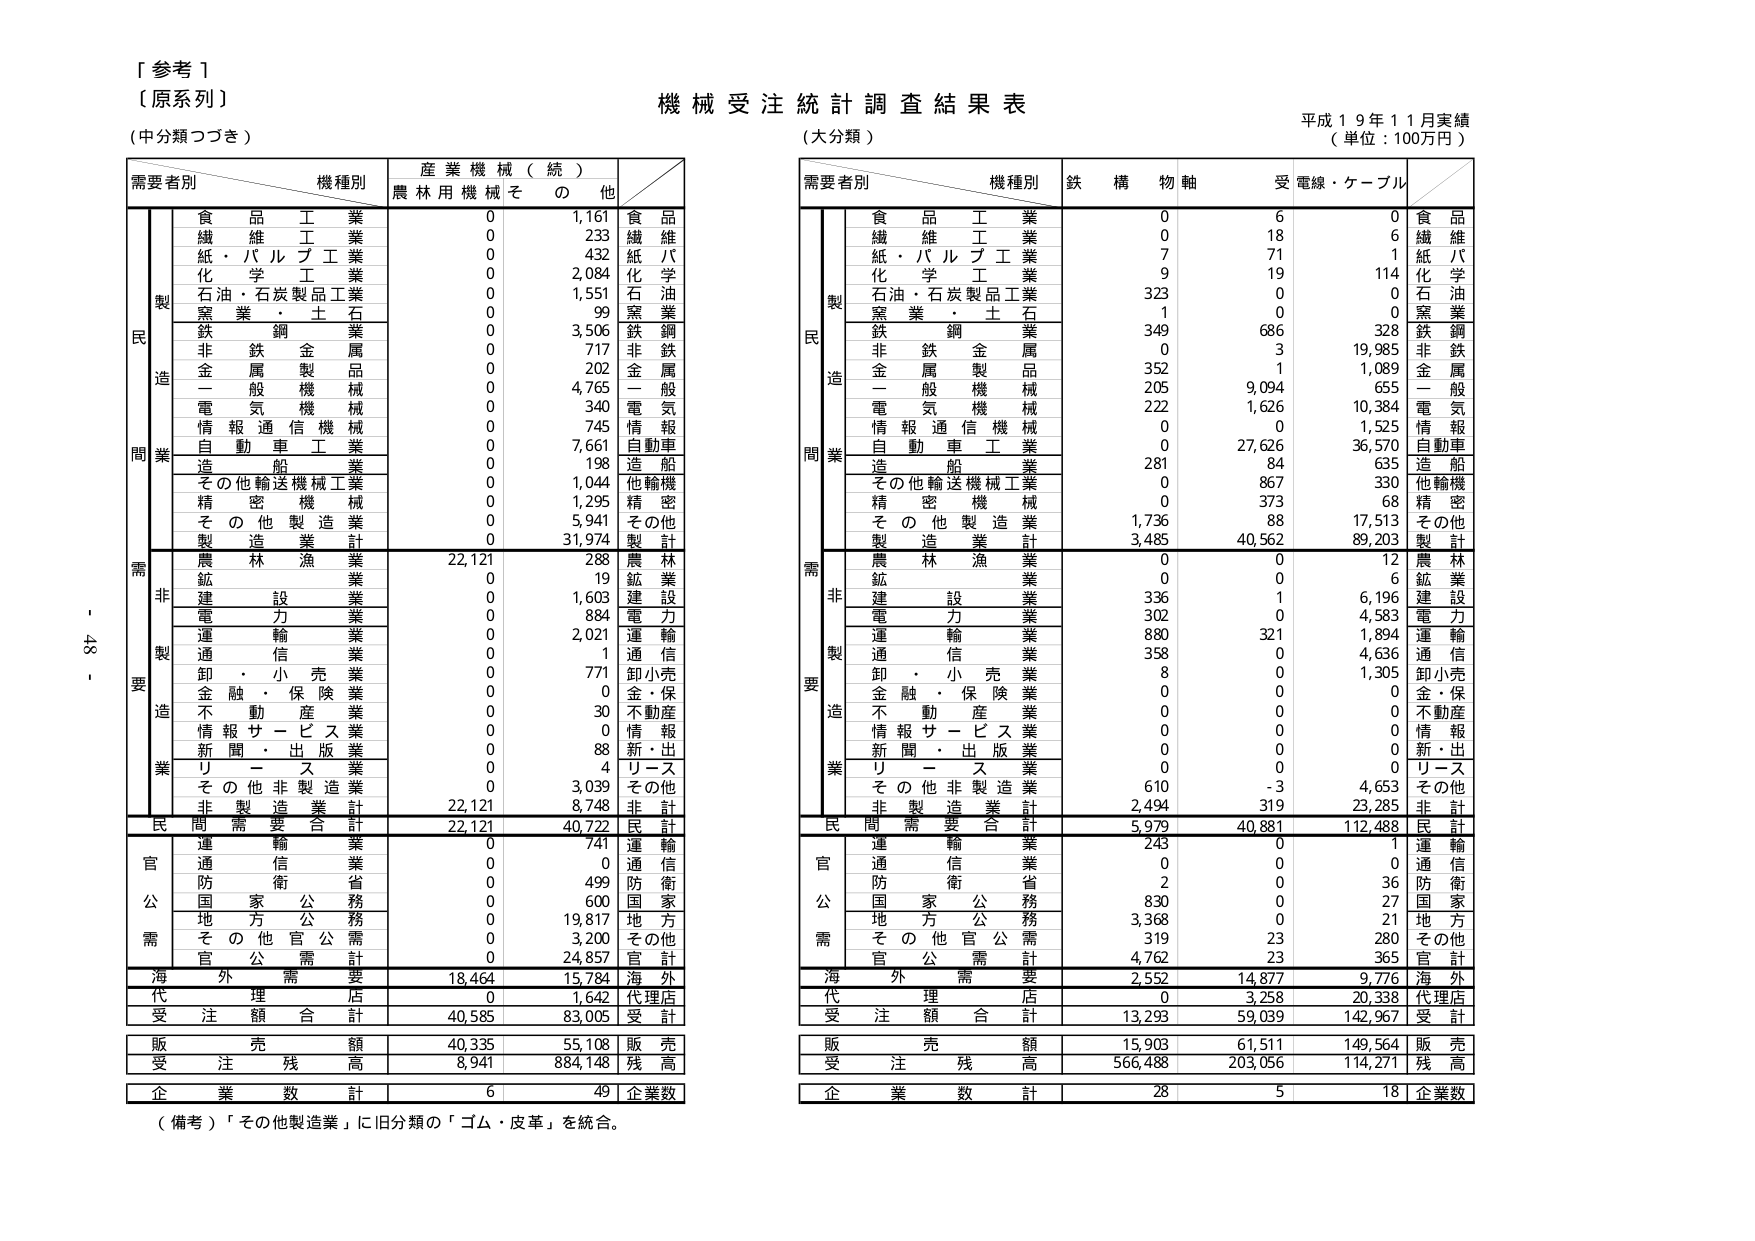
[ 参考 1 ]
（原系列）
（中分類つづき）

機械受注統計調査結果表
（大分類）
平成１９年１１月実績
（単位：100万円）

需要者別　機種別　産業機械（続）
　　　　　農林用機械　その他

　　　　　　食品工業　　　　0　　　1,161　　食品
　　　　　　繊維工業　　　　0　　　　233　　繊維
　　　　　　紙・パルプ工業　　0　　　　432　　紙・パル
　　　　　　化学工業　　　　0　　　2,084　　化学
　　　　　　石油・石炭製品工業　0　　　1,551　　石油
　　　　　　窯業・土石　　　　0　　　　99　　窯業
　　　　　　鉄鋼業　　　　　　0　　　3,506　　鉄鋼
　　　　　　非鉄金属　　　　0　　　　717　　非鉄
　　　　　　金属製品　　　　0　　　　202　　金属
　　　　　　一般機械　　　　0　　　4,765　　一般
　　　　　　電気機械　　　　0　　　　340　　電気
　　　　　　情報通信機械　　0　　　　745　　情報
　　　　　　自動車工業　　　0　　　7,661　　自動車
　　　　　　造船業　　　　　0　　　　198　　造船
　　　　　　その他輸送機械工業　0　　　1,044　　他輸機
　　　　　　精密機械　　　　0　　　1,295　　精密
　　　　　　その他製造業　　0　　　5,941　　その他
　　　　　　製造業計　　　　0　　　31,974　　製計

　　　　　　農林漁業　　　22,121　　288　　農林
　　　　　　鉱業　　　　　　0　　　　19　　鉱業
　　　　　　建設業　　　　　0　　　1,603　　建設
　　　　　　電力業　　　　　0　　　　884　　電力
　　　　　　運輸業　　　　　0　　　2,021　　運輸
　　　　　　通信業　　　　　0　　　　1　　通信
　　　　　　卸・小売業　　　0　　　　771　　卸小売
　　　　　　金融・保険業　　0　　　　0　　金・保
　　　　　　不動産業　　　　0　　　　30　　不動産
　　　　　　情報サービス業　0　　　　0　　情報
　　　　　　新聞・出版業　　0　　　　88　　新・出
　　　　　　リース業　　　　0　　　　4　　リース
　　　　　　その他非製造業　0　　　3,039　　その他
　　　　　　非製造業計　　22,121　　8,748　　非計

　　　　　　民間需要合計　22,121　　40,722　　民計

　　　　　　運輸業　　　　　0　　　　741　　運輸
　　　　　　通信業　　　　　0　　　　0　　通信
　　　　　　防衛省　　　　　0　　　　499　　防衛
　　　　　　国家公務　　　　0　　　　600　　国家
　　　　　　地方公務　　　　0　　　19,817　　地方
　　　　　　その他官公需　　0　　　3,200　　その他
　　　　　　官公需計　　　　0　　　24,857　　官計

　　　　　　海外需要　　　18,464　　15,784　　海外

　　　　　　代理店　　　　　0　　　1,642　　代理店

　　　　　　受注額合計　　40,585　　83,005　　受計

　　　　　　販売額　　　　40,335　　55,108　　販売
　　　　　　受注残高　　　　8,941　　884,148　　残高

　　　　　　企業数計　　　　6　　　　49　　企業数

（備考）「その他製造業」に旧分類の「ゴム・皮革」を統合。

需要者別　機種別　鉄構物軸　受電線・ケーブル

　　　　　　食品工業　　　　0　　　　6　　　　0　　食品
　　　　　　繊維工業　　　　0　　　　18　　　　6　　繊維
　　　　　　紙・パルプ工業　　7　　　　71　　　　1　　紙・パル
　　　　　　化学工業　　　　9　　　　19　　　114　　化学
　　　　　　石油・石炭製品工業　323　　　0　　　　0　　石油
　　　　　　窯業・土石　　　　1　　　　0　　　　0　　窯業
　　　　　　鉄鋼業　　　　　349　　　686　　　328　　鉄鋼
　　　　　　非鉄金属　　　　0　　　　3　　　19,985　　非鉄
　　　　　　金属製品　　　　352　　　1　　　1,089　　金属
　　　　　　一般機械　　　　205　　　9,094　　　655　　一般
　　　　　　電気機械　　　　222　　　1,626　　　10,384　　電気
　　　　　　情報通信機械　　0　　　　0　　　　1,525　　情報
　　　　　　自動車工業　　　0　　　27,626　　　36,570　　自動車
　　　　　　造船業　　　　　281　　　84　　　　635　　造船
　　　　　　その他輸送機械工業　0　　　867　　　330　　他輸機
　　　　　　精密機械　　　　0　　　373　　　　68　　精密
　　　　　　その他製造業　　1,736　　　88　　　17,513　　その他
　　　　　　製造業計　　　　3,485　　　40,562　　　89,203　　製計

　　　　　　農林漁業　　　　0　　　　0　　　　12　　農林
　　　　　　鉱業　　　　　　0　　　　0　　　　6　　鉱業
　　　　　　建設業　　　　　336　　　1　　　6,196　　建設
　　　　　　電力業　　　　　302　　　0　　　4,583　　電力
　　　　　　運輸業　　　　　880　　　321　　　1,894　　運輸
　　　　　　通信業　　　　　358　　　0　　　4,636　　通信
　　　　　　卸・小売業　　　8　　　　0　　　1,305　　卸小売
　　　　　　金融・保険業　　0　　　　0　　　　0　　金・保
　　　　　　不動産業　　　　0　　　　0　　　　0　　不動産
　　　　　　情報サービス業　0　　　　0　　　　0　　情報
　　　　　　新聞・出版業　　0　　　　0　　　　0　　新・出
　　　　　　リース業　　　　0　　　　0　　　　0　　リース
　　　　　　その他非製造業　610　　　-3　　　4,653　　その他
　　　　　　非製造業計　　2,494　　　319　　　23,285　　非計

　　　　　　民間需要合計　　5,979　　　40,881　　　112,488　　民計

　　　　　　運輸業　　　　　243　　　0　　　　1　　運輸
　　　　　　通信業　　　　　0　　　　0　　　　0　　通信
　　　　　　防衛省　　　　　2　　　　0　　　　36　　防衛
　　　　　　国家公務　　　　830　　　0　　　　27　　国家
　　　　　　地方公務　　　　3,368　　　0　　　　21　　地方
　　　　　　その他官公需　　319　　　23　　　280　　その他
　　　　　　官公需計　　　　4,762　　　23　　　365　　官計

　　　　　　海外需要　　　　2,552　　　14,877　　　9,776　　海外

　　　　　　代理店　　　　　0　　　　3,258　　　20,338　　代理店

　　　　　　受注額合計　　13,293　　　59,039　　　142,967　　受計

　　　　　　販売額　　　　15,903　　　61,511　　　149,564　　販売
　　　　　　受注残高　　　566,488　　　203,056　　　114,271　　残高

　　　　　　企業数計　　　　28　　　　5　　　　18　　企業数

- 43 -